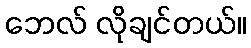
ဘေလ် လိုချင်တယ်။